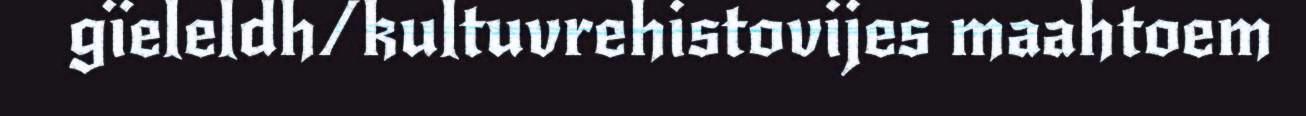
gïeleldh/kultuvrehistovijes maahtoem